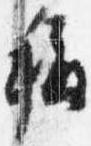
称